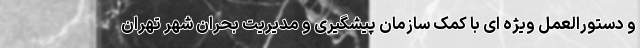
و دستورالعمل ویژه ای با کمک سازمان پیشگیری و مدیریت بحران شهر تهران